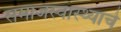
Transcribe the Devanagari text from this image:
समाजस्वास्थ्याचे